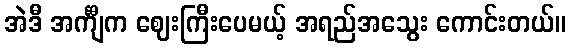
အဲဒီ အင်္ကျီက ဈေးကြီးပေမယ့် အရည်အသွေး ကောင်းတယ်။